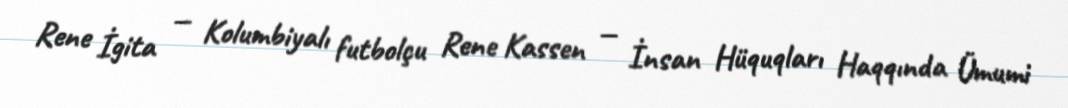
Rene İgita — Kolumbiyalı futbolçu Rene Kassen — İnsan Hüquqları Haqqında Ümumi